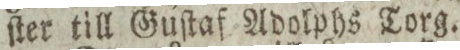
ſter till Guſtaf Adolphs Torg.